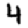
Digit: 4